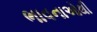
ભાવનાઓથી